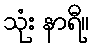
သုံး နာရီ။